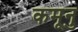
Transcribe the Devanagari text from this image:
कमूनु